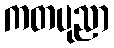
ကတပုညာ